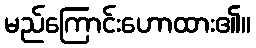
မည်ကြောင်းဟောထား၏။